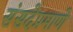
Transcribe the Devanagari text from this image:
संसदेप्रमाणे